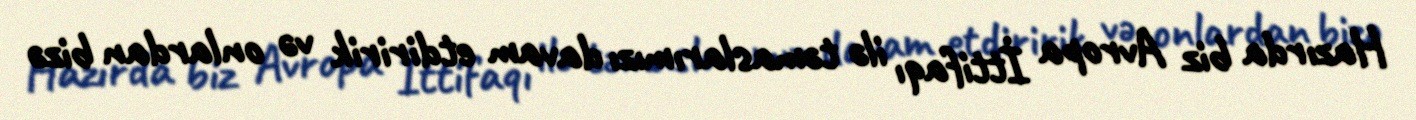
Hazırda biz Avropa İttifaqı ilə təmaslarımızı davam etdiririk və onlardan bizə